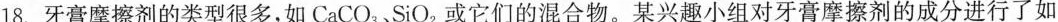
18.牙膏摩擦剂的类型很多，如CaCO_{3}、SiO_{2}或它们的混合物。某兴趣小组对牙膏摩擦剂的成分进行了如